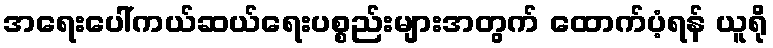
အရေးပေါ်ကယ်ဆယ်ရေးပစ္စည်းများအတွက် ထောက်ပံ့ရန် ယူရို